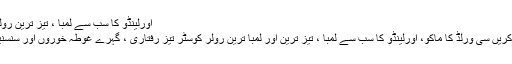
اورلینڈو کا سب سے لمبا ، تیز ترین رولر کوسٹر کی سواری کریں
سواری کرنے کی کوشش کریں سی ورلڈ کا ماکو، اورلینڈو کا سب سے لمبا ، تیز ترین اور لمبا ترین رولر کوسٹر تیز رفتاری ، گہرے غوطہ خوروں اور سنسنیوں کے لئے جانا جاتا ہے۔